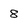
Character: 8